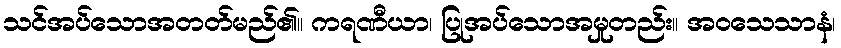
သင်အပ်သောအတတ်မည်၏။ ကရဏီယာ၊ ပြုအပ်သောအမှုတည်း။ အဝသေသာနံ၊